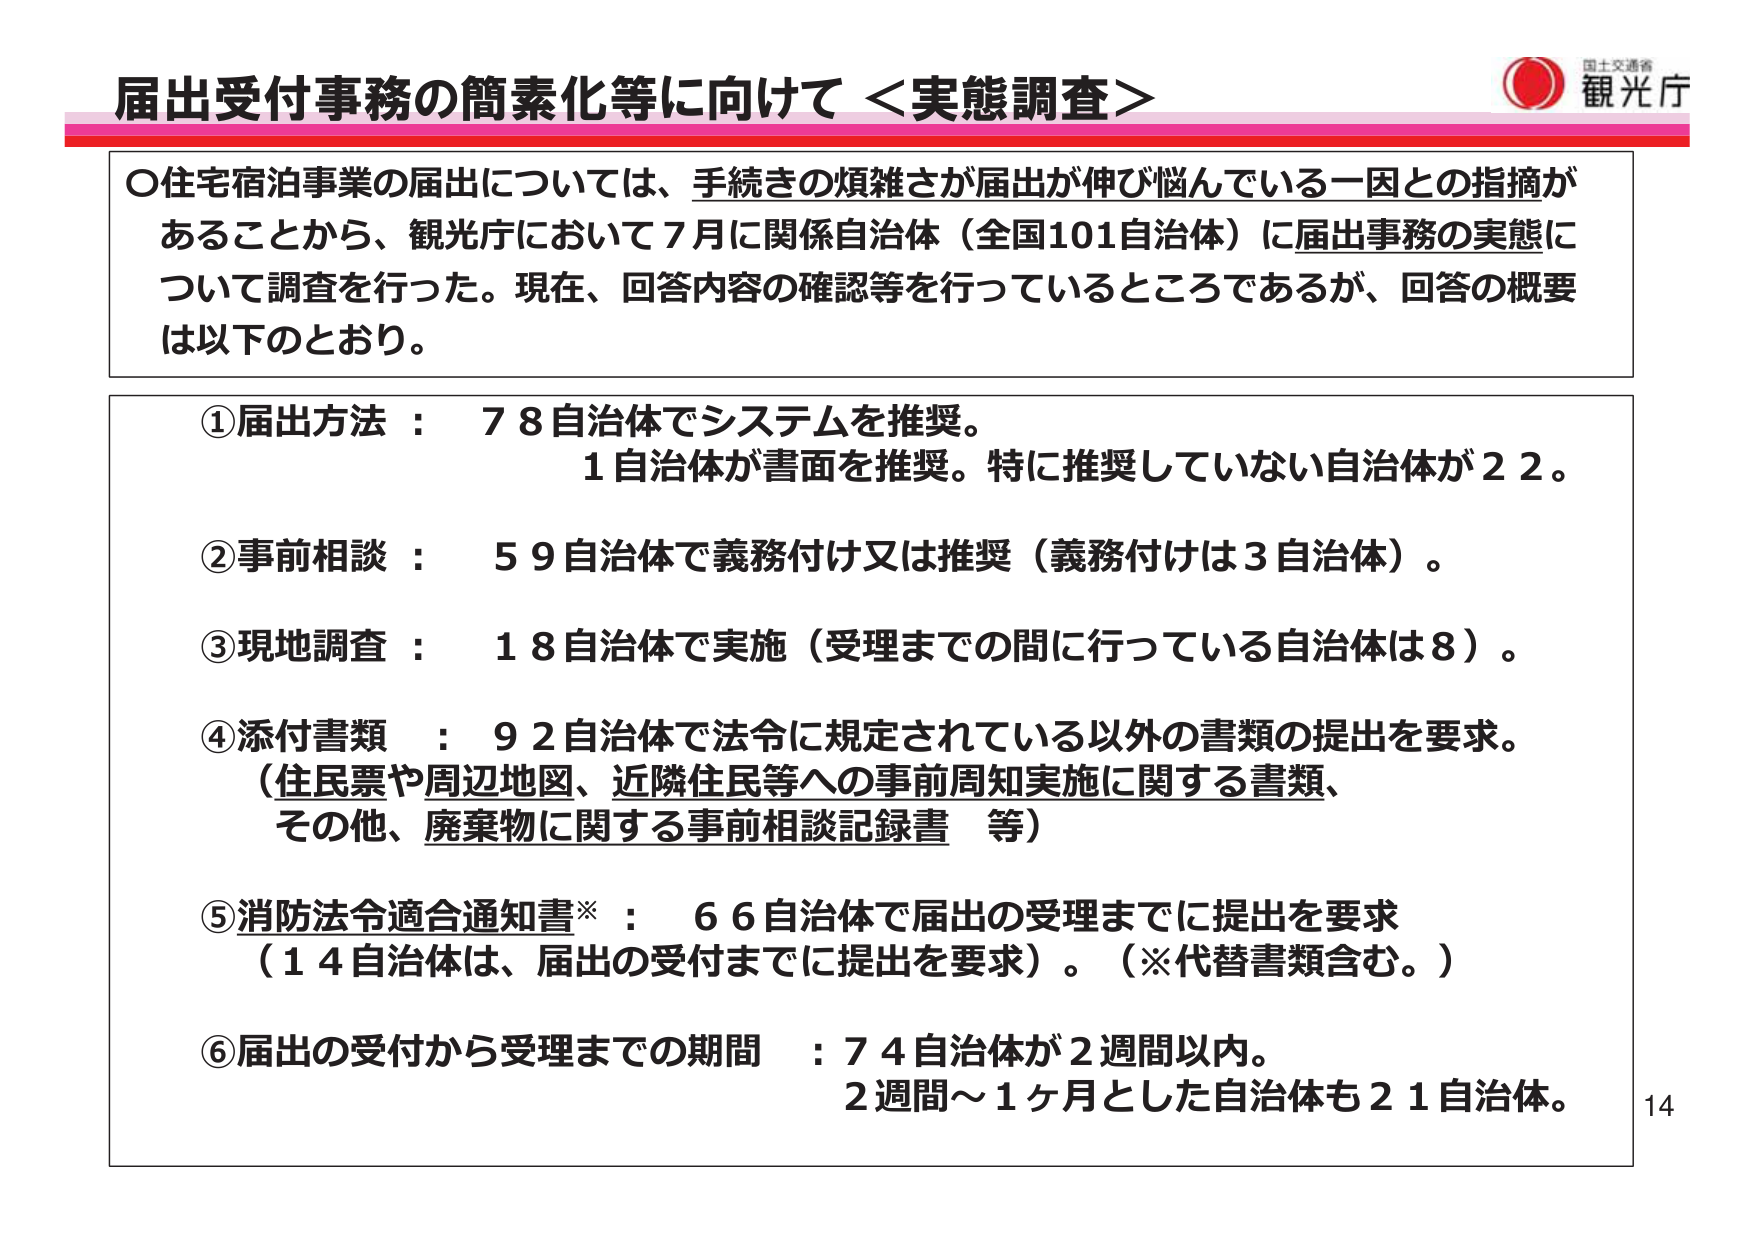
届出受付事務の簡素化等に向けて＜実態調査＞

○住宅宿泊事業の届出については、手続きの煩雑さが届出が伸び悩んでいる一因との指摘があることから、観光庁において7月に関係自治体（全国101自治体）に届出事務の実態について調査を行った。現在、回答内容の確認等を行っているところであるが、回答の概要は以下のとおり。

①届出方法：78自治体でシステムを推奨。
1自治体が書面を推奨。特に推奨していない自治体が22。

②事前相談：59自治体で義務付け又は推奨（義務付けは3自治体）。

③現地調査：18自治体で実施（受理までの間に行っている自治体は8）。

④添付書類：92自治体で法令に規定されている以外の書類の提出を要求。
（住民票や周辺地図、近隣住民等への事前周知実施に関する書類、
その他、廃棄物に関する事前相談記録書 等）

⑤消防法令適合通知書※：66自治体で届出の受理までに提出を要求
（14自治体は、届出の受付までに提出を要求）。（※代替書類含む。）

⑥届出の受付から受理までの期間：74自治体が2週間以内。
2週間～1ヶ月とした自治体も21自治体。

14

国土交通省
観光庁